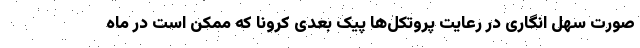
صورت سهل انگاری در رعایت پروتکل‌ها پیک بعدی کرونا که ممکن است در ماه